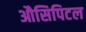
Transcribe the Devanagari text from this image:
औसिपिटल